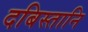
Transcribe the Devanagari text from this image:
दबिस्तानि